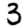
Digit: 3